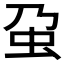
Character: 𧈦